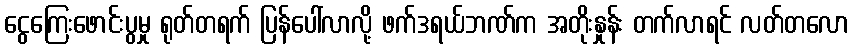
ငွေကြေးဖောင်းပွမှု ရုတ်တရက် ပြန်ပေါ်လာလို့ ဖက်ဒရယ်ဘဏ်က အတိုးနှုန်း တက်လာရင် လတ်တလော